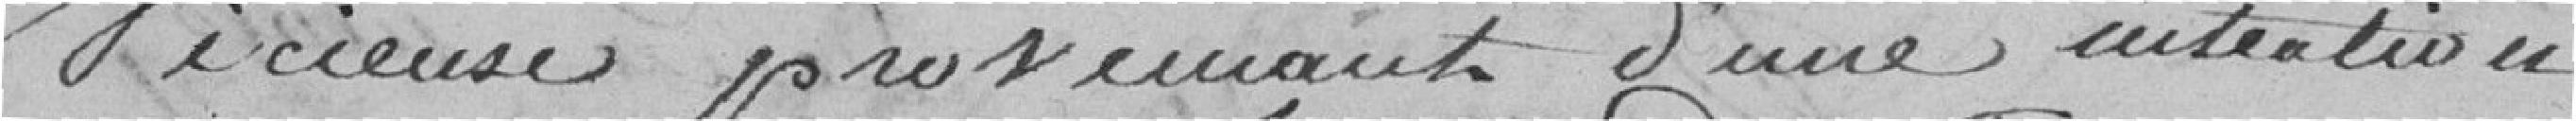
vicieuse provenant d'une intention